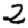
Digit: 2